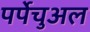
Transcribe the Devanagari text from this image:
पर्पेचुअल